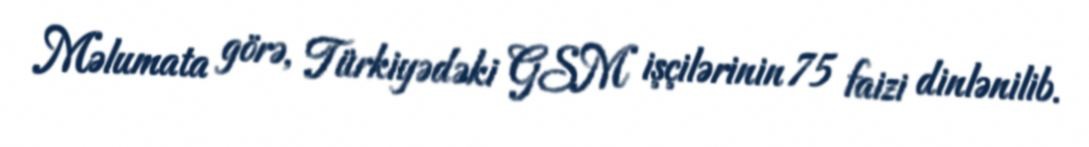
Məlumata görə, Türkiyədəki GSM işçilərinin 75 faizi dinlənilib.